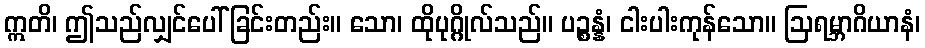
ဣတိ၊ ဤသည်လျှင်ပေါ်ခြင်းတည်း။ သော၊ ထိုပုဂ္ဂိုလ်သည်။ ပဉ္စန္နံ၊ ငါးပါးကုန်သော။ ဩရမ္ဘာဂိယာနံ၊